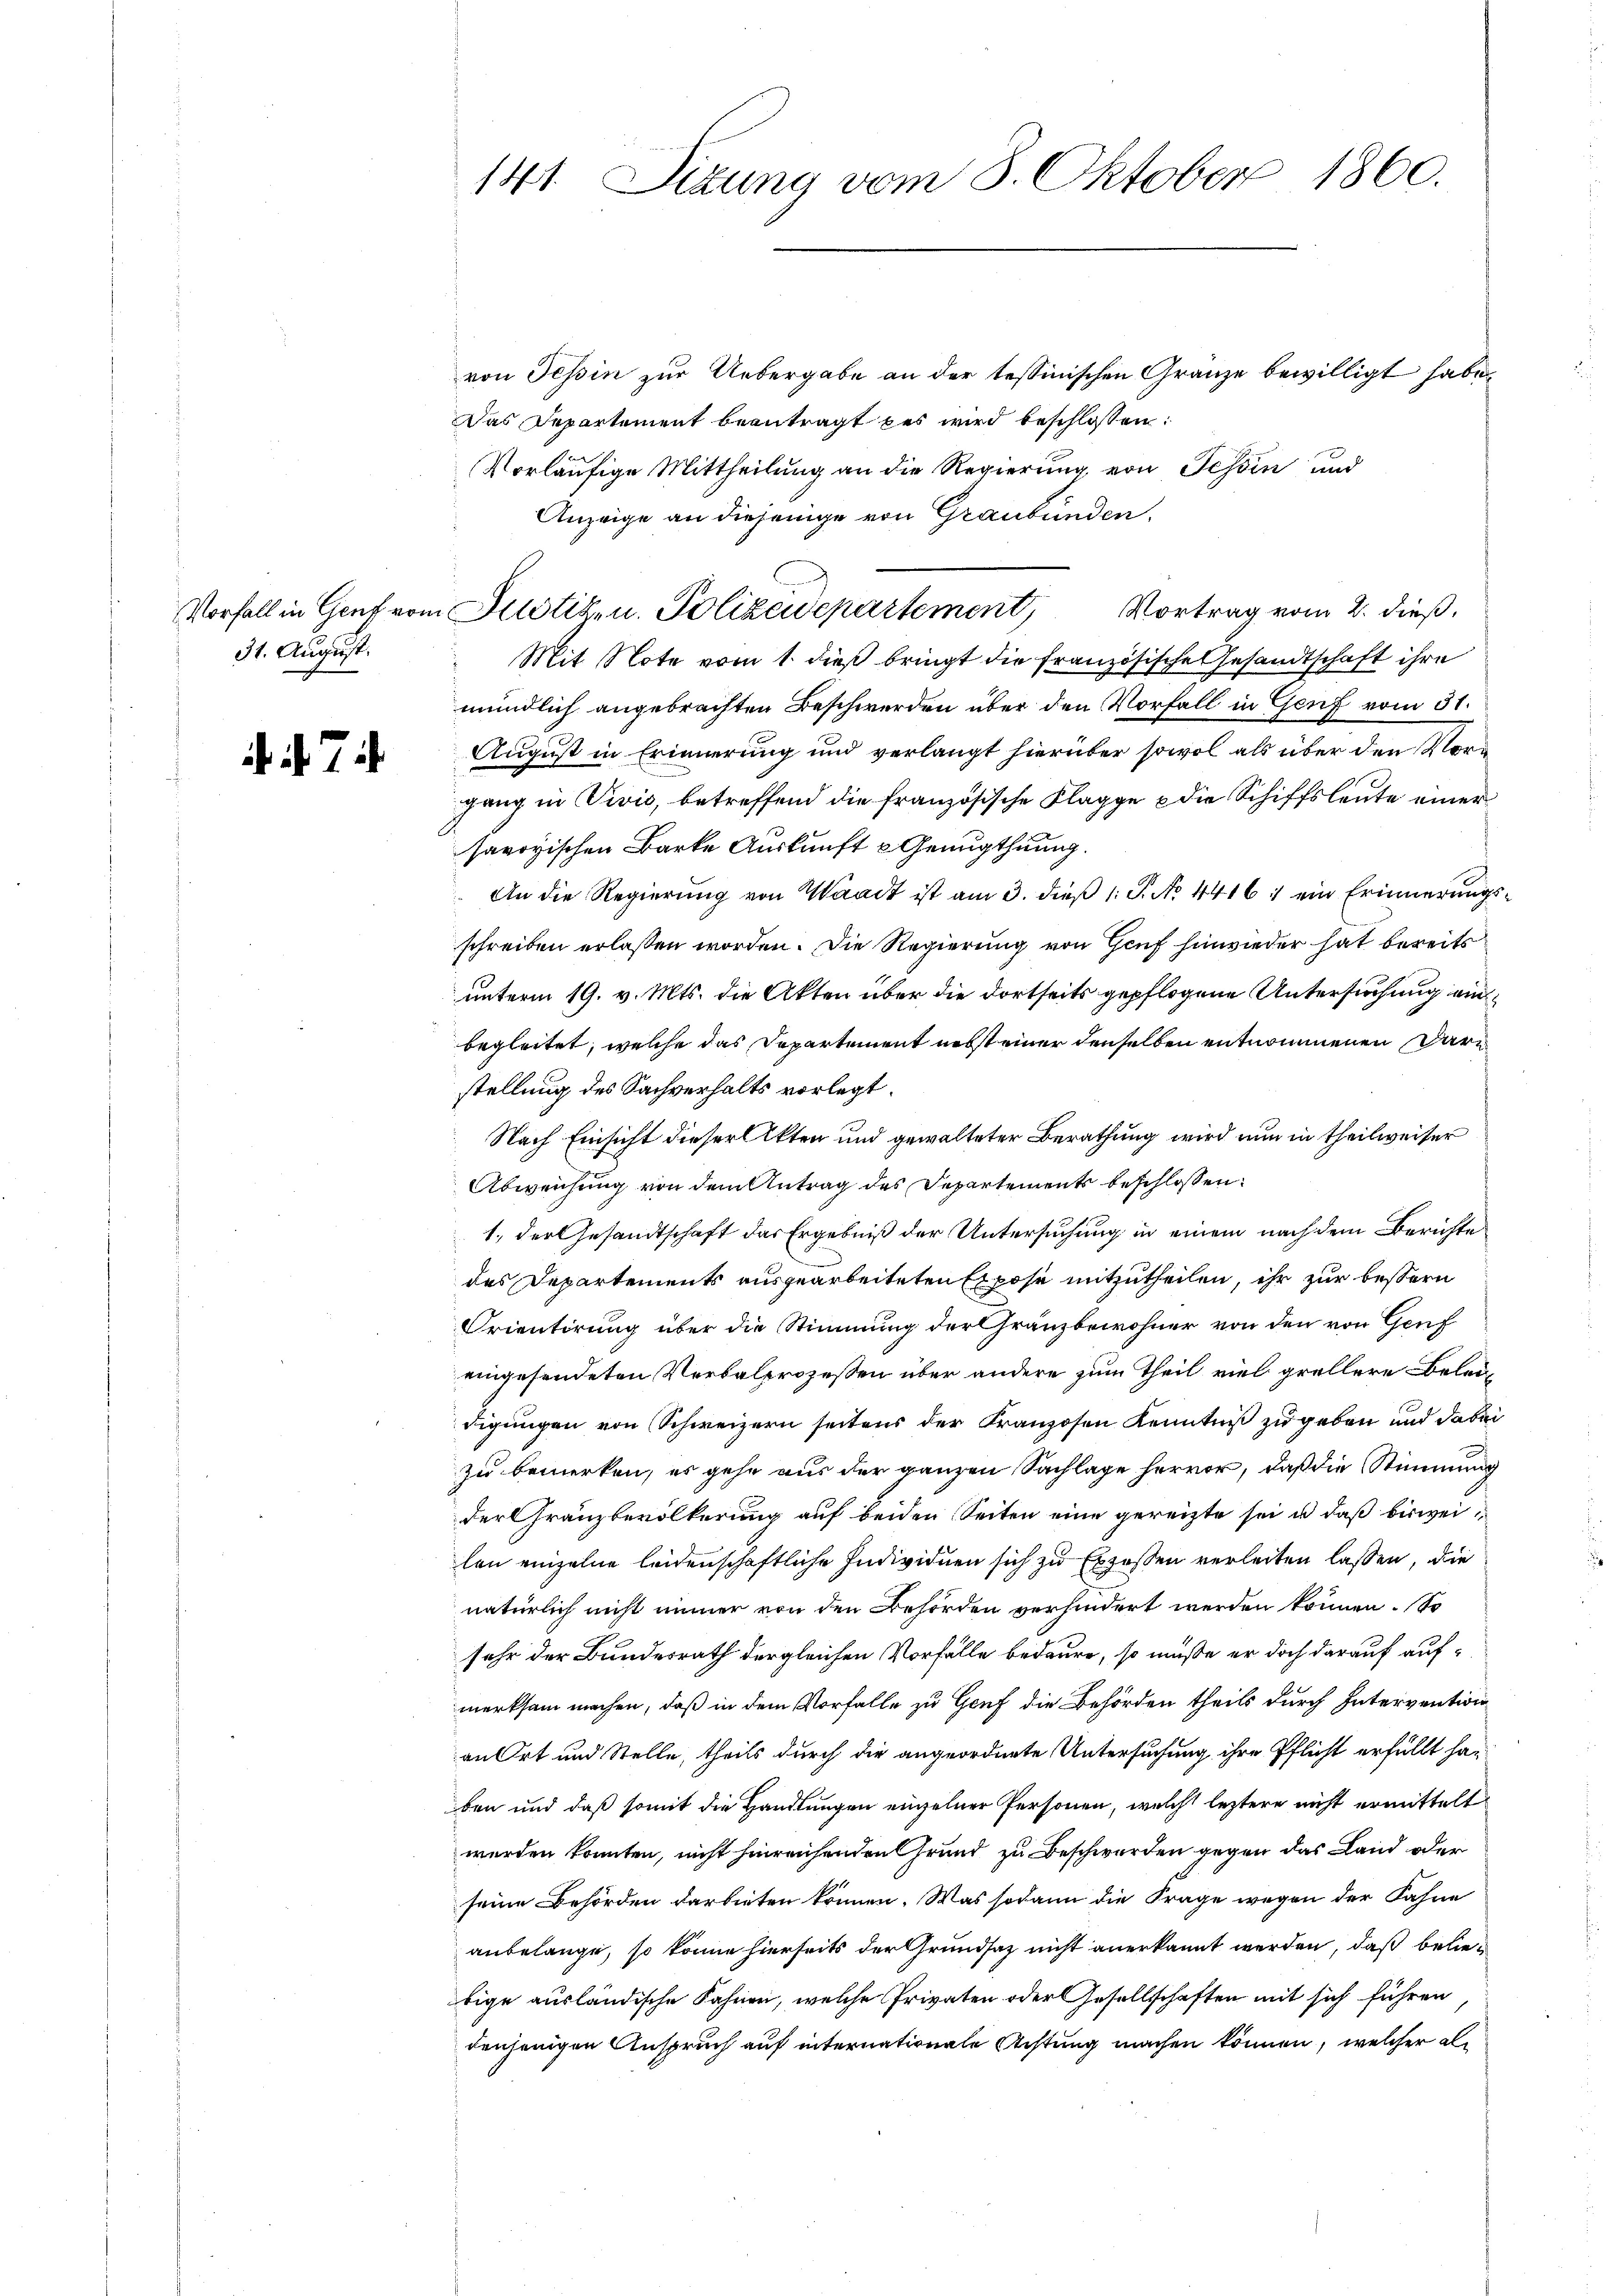
31. August.

if. 71.

141. Sizung vom 8. Oktober 1860.

von Tessin zur Uebergabe an der tessinischen Granze bewilligt habe.
Das Departement beantragt es wird beschlossen:
Vorläufige Mittheilung an die Regierung von Tessin und
Anzeige an diejenige von Graubünden,
Mit Note vom 1. dieß bringt die französische Gesandtschaft ihre
mündlich angebrachten Beschwerden über den Vorfall in Genf vom 31.
August in Erinnerung und verlangt hierüber sowol als über den Vorgang in Vivis, betreffend die französische Klagge & die Schiffsleute einer
savoyischen Barke Auskunft u. Genugthuung.
 An die Regierung von Waadt ist am 3. dieß 1 S. No. 4416 : ein Erinnerungsschreiben erlassen worden. Die Regierung von Genf hinwieder hat bereits
unterm 19. v. Mts. die Akten über die dortseits gepflogene Untersuchung ein
begleitet, welche das Departement nebst einer denselben entnommenen Dara
stellung des Sachverhalts vorlegt.
Nach Einsicht dieser Akten und gewalteter Berathung wird nun in theilweiser
Abweichung von dem Antrag des Departement beschlossen:
1., der Gesandtschaft das Ergebniß der Untersuchung in einem nach dem Berichte
des Departements ausgearbeiteten Expose mitzutheilen, ihr zur bessern
Orientirung über die Stimmung der Gränzbewohner von den von Genf
eingesendeten Verbalprozessen über andere zum Theil viel grüllere Beleidigungen von Schweizern seitens der Franzosen Kenntniß zu geben und dabei
zu bemerken, es gehe aus der ganzen Sachlage hervor, daß die Stimmung
der Gränzbevölkerung auf beiden Seiten eine gereizte sei u. daß bisweilen einzelne leidenschaftliche Individuen sich zu Expossen verleiten lassen, die
natürlich nicht immer von den Behörden verhindert werden können. So
sehr der Bundesrath der gleichen Vorfälle bedaure, so müße er doch darauf aufmerksam machen, daß in dem Vorfalle zu Genf die Behörden theils durch Intervention
an Ort und Stelle, theils durch die angeordnete Untersuchung ihre Pflicht erfüllt haben und daß somit die Handlungen einzelner Personen, welche leztere nicht ermittelt
werden konnten, nicht hinreichenden Grund zu Beschwerden gegen das Land oder
seine Behörden darbieten können. Was sodann die Frage wegen der Fahne
anbelange, so könne hierseits der Grundsatz nicht anerkannt werden, daß beliebige ausländische Fahnen, welche Privaten oder Gesellschaften mit sich führen
denjenigen Anspruch auf internationale Achtung machen können, welcher al¬

Vorfall in Genf vom Justiz- u. Polizeidepartement, Vortrag vom 2. dieß.